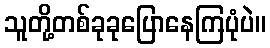
သူတို့တစ်ခုခုပြောနေကြပုံပဲ။